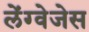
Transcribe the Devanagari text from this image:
लेंग्वेजेस